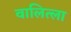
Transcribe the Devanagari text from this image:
वालित्ला